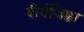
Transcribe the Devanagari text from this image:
दीर्घजिह्वा